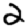
Digit: 2